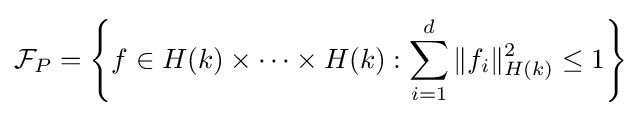
{\mathcal {F}}_{P}=\left\{f\in H(k)\times \dots \times H(k):\sum _{i=1}^{d}\|f_{i}\|_{H(k)}^{2}\leq 1\right\}